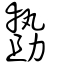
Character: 𠢞